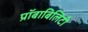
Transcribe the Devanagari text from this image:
प्रॉबाबिलिटी